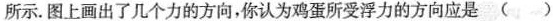
所示。图上画出了几个力的方向，你认为鸡蛋所受浮力的方向应是( )